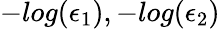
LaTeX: -log(\epsilon_{1}),-log(\epsilon_{2})